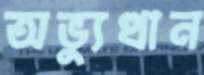
অভ্যুত্থান